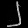
Digit: ၂